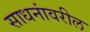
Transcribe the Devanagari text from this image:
साधनांवरील